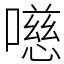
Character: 㘂